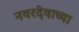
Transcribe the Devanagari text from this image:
नवरदेवाच्या